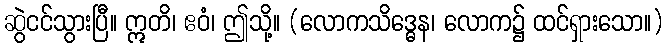
ဆွဲငင်သွားပြီ။ ဣတိ၊ ဧဝံ၊ ဤသို့။ (လောကသိဒ္ဓေန၊ လောက၌ ထင်ရှားသော။)